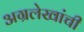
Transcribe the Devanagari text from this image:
अग्रलेखांची